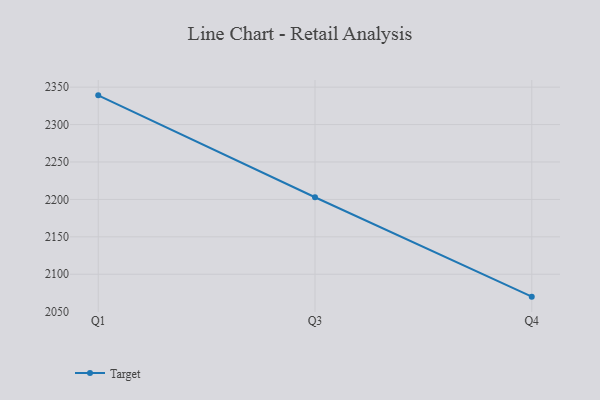
{"axis": {"x": "Quarter", "y": "Humidity (%)"}, "legend": ["Target"], "data": [{"x": "Q1", "y": 2339.0, "type": "Target"}, {"x": "Q3", "y": 2202.9, "type": "Target"}, {"x": "Q4", "y": 2070.1, "type": "Target"}]}